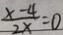
\frac { x - 4 } { 2 x } = 0